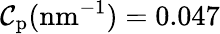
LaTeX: \mathcal{C}_{\mathrm{{p}}}(\mathrm{{nm}}^{-1})=0.047